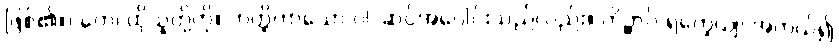
ဖြစ်၏။) တေ၊ ထိုသူတို့ကို။ ဟတ္ထိကာယော ဝါ၊ ဆင်အပေါင်းသည်လည်း။ ကိဉ္စာပိ ရက္ခေယျ၊ အကယ်၍